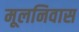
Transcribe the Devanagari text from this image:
मूलनिवास